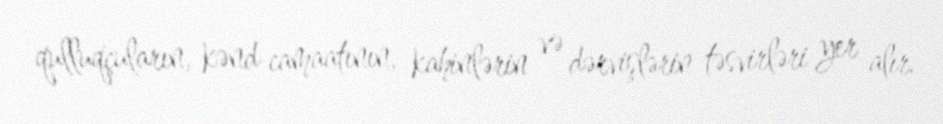
qulluqçuların, kənd camaatının, kahinlərin və dərvişlərin təsvirləri yer alır.